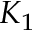
K _ { 1 }